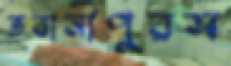
ভবানীপুরস